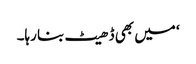
‘ میں بھی ڈھیٹ بنا رہا۔